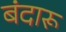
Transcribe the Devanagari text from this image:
बंदारू